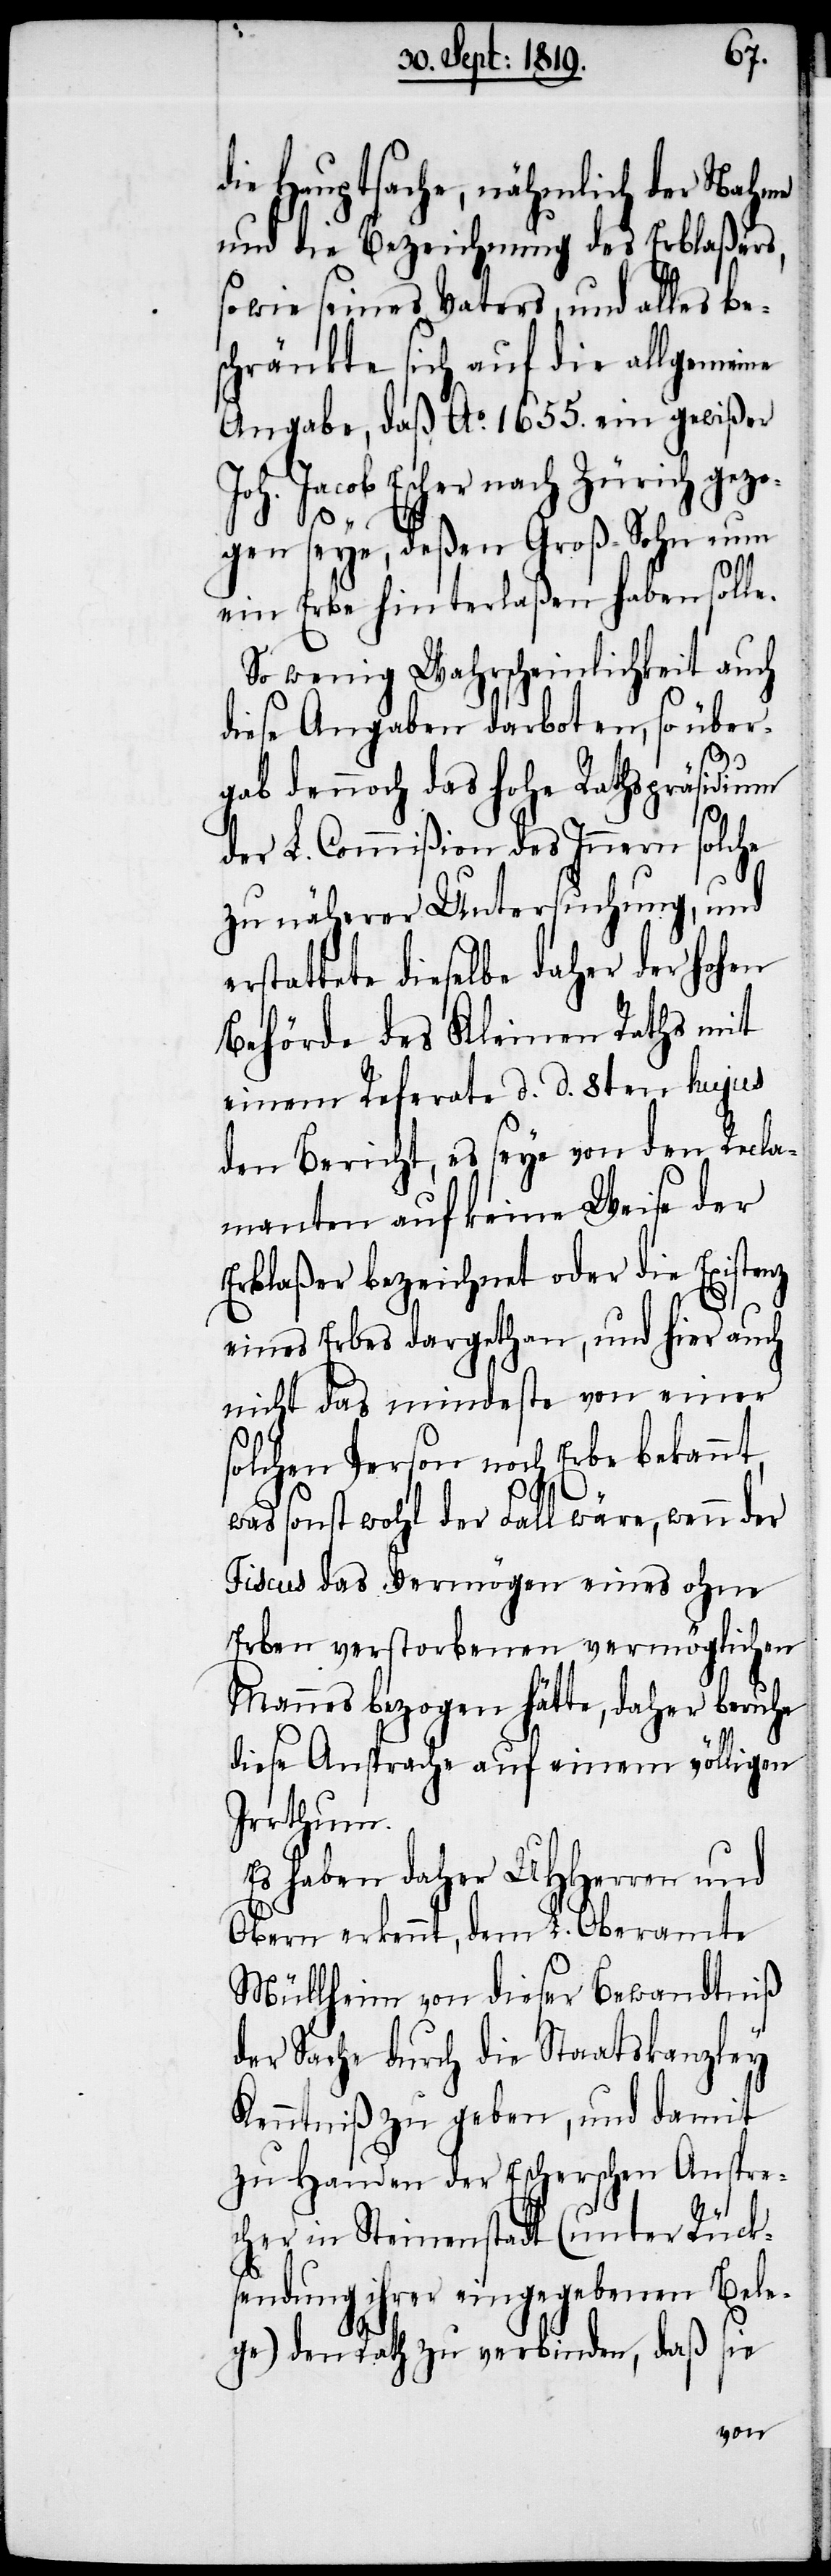
die Hauptsache, nähmlich der Nahme
und die Bezeichnung des Erblaßers,
so wie seines Vater, und alles be¬
schränkte sich auf die allgemeine
Angabe, das Ao. 1655. ein gewißer
Joh. Jacob Escher nach Zürich gezo¬
gen seye, deßen Groß-Sohn nun
ein Erbe hinterlaßen habe solle.
So wenig Wahrscheinlichkeit auch
diese Angaben darboten, so über¬
gab dennoch das hohe Rathspräsidium
der L. Commißion des Innern solche
zu näherer Unersuchung, und
erstattete dieselbe daher der hohen
Behörde des Kleinen Raths mit
einem Referate d. d. 8ten hujus
den Bericht, es seye von dem Recla¬
manten auf keine Weise der
Erblaßer bezeichnet oder die Existenz
eines Erbes dargethan, und hier auch
nicht das mindeste von einer
solchen Person noch Erbe bekannt,
was sonst wohl der Fall wäre, wenn der
Fiscus das Vermögen eines ohne
Erben verstorbenen vermöglichen
Mannes bezogen hätte, daher beruhe
diese Ansprache auf einem völligen
Irrthum.
Es haben daher UHHerren und
Obern erkennt, dem L. Oberamte
Müllheim von dieser Bewandtniß
der Sache durch die Staatskanzley
Kenntniß zu geben, und damit
zu Handen der Escherschen Anspre¬
cher in Steinenstadt (unter Rücks¬
endung ihrer eingegebenen Bele¬
ge) den Rath zu verbinden, daß sie